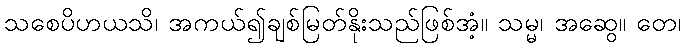
သစေပိဟယသိ၊ အကယ်၍ချစ်မြတ်နိုးသည်ဖြစ်အံ့။ သမ္မ၊ အဆွေ။ တေ၊